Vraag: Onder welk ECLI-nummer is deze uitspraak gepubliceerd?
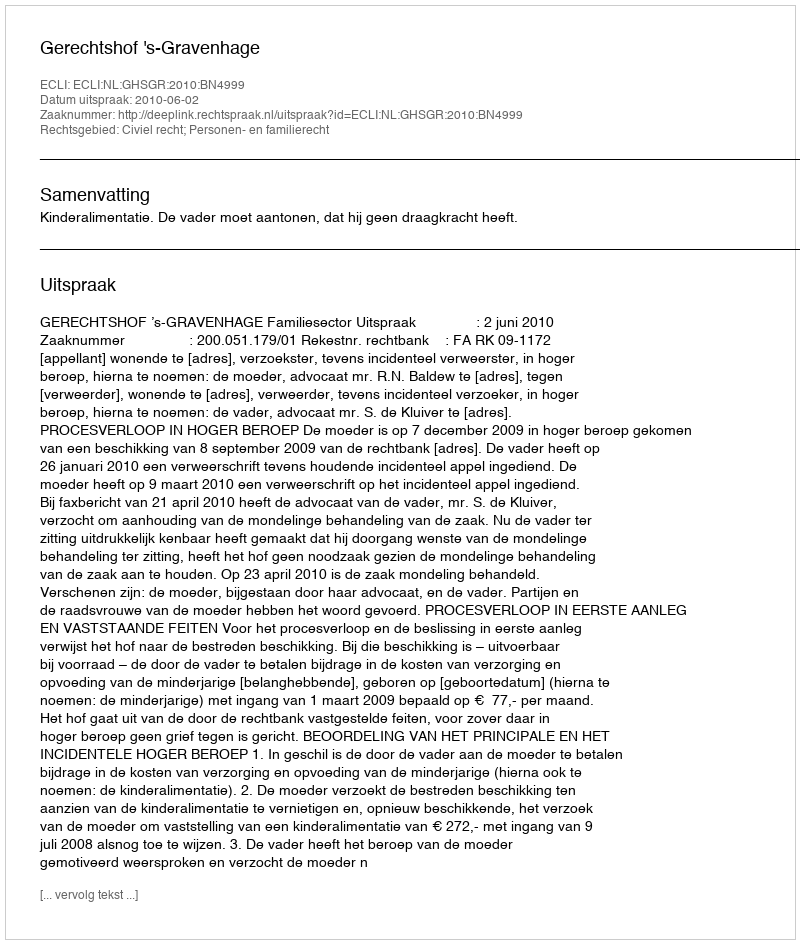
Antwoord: ECLI:NL:GHSGR:2010:BN4999